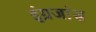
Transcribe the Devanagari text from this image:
इंग्रजांस